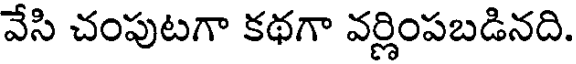
వేసి చంపుటగా కథగా వర్ణింపబడినది.